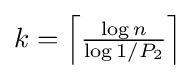
k=\left\lceil {\tfrac {\log n}{\log 1/P_{2}}}\right\rceil